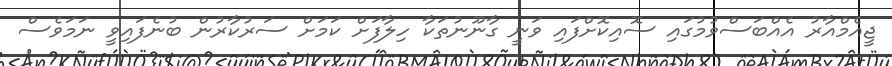
ޖީއެމްއާރު އެއްބަސްވުމުގައި ސޮއިކޮށްފައި ވަނީ ގާނޫނުތަކާ ހިލާފަށް ކަމަށް ސަރުކާރުން ބުނެފައިވީ ނަމަވެސް